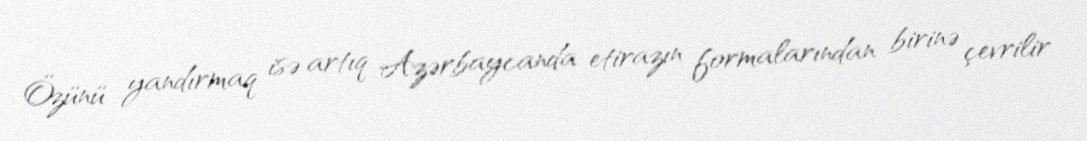
Özünü yandırmaq isə artıq Azərbaycanda etirazın formalarından birinə çevrilir